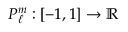
P _ { \ell } ^ { m } : [ - 1 , 1 ] \to \mathbb { R }